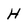
Character: H